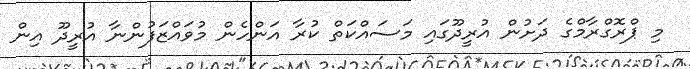
މި ޕްރޮގްރާމްގެ ދަށުން އުރީދޫގައި މަސައްކަތް ކުރާ އަންހެން މުވައްޒަފުންނާ އުރީދޫ އިން